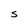
Character: S